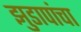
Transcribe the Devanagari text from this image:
झुडापांचा